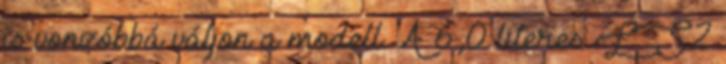
is vonzóbbá váljon a modell. A 6,0 literes LS2